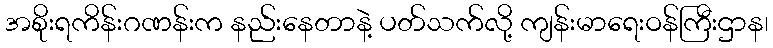
အစိုးရကိန်းဂဏန်းက နည်းနေတာနဲ့ ပတ်သက်လို့ ကျန်းမာရေးဝန်ကြီးဌာန၊